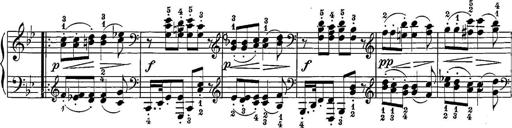
Title: 12 Sonatine per Pianoforte
Composer: Friedrich Kuhlau